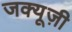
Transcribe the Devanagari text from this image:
जक्यूज़ी